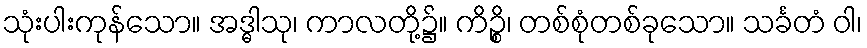
သုံးပါးကုန်သော။ အဒ္ဓါသု၊ ကာလတို့၌။ ကိဉ္စိ၊ တစ်စုံတစ်ခုသော။ သင်္ခတံ ဝါ၊